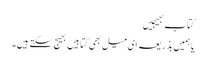
کتاب بھیجیں
یا ہمیں بذریعہ ای میل بھی کتابیں بھیج سکتے ہیں۔